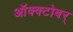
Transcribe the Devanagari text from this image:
ऑक्क्टोबर्